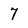
Character: 7